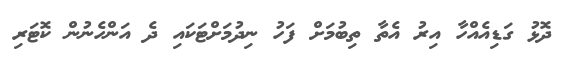
ދޮޅު ގަޑިއެއްހާ އިރު އެތާ ތިބުމަށް ފަހު ނިދުމަށްޓަކައި ދެ އަންހެނުން ކޮޓަރި